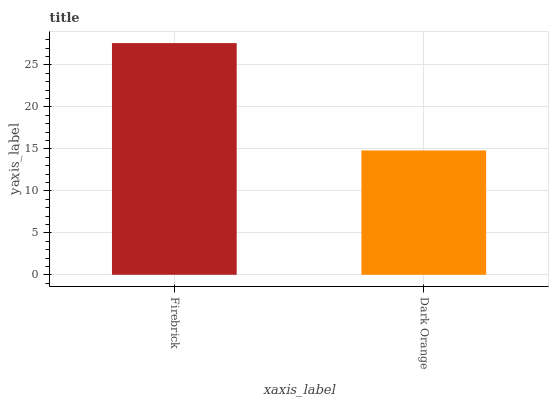
| xaxis_label | bars |
 | --- | --- |
 | Firebrick | 27.6 |
 | Dark Orange | 14.8 |